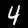
Digit: 4